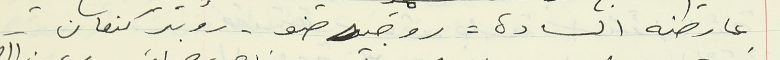
عارضه السادة - روجيه ضو - روبير كنعان -